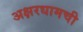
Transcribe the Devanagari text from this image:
अक्षरधामची